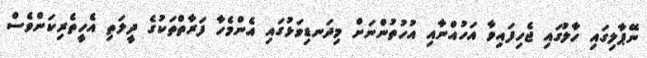
ނޭޕާލިގައި ހާލުގައި ޖެހިފައިވާ އަހުއްނާއި އުހުތުންނަށް މިދަނޑިވަޅުގައި އެންމެހާ ފަރާތްތަކުގެ ދީލަތި އެހީތެރިކަންވެސް